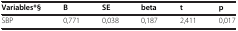
<table><thead><tr><td><b>Variables*§</b></td><td><b>B</b></td><td><b>SE</b></td><td><b>beta</b></td><td><b>t</b></td><td><b>p</b></td></tr></thead><tbody><tr><td>SBP</td><td>0,771</td><td>0,038</td><td>0,187</td><td>2,411</td><td>0,017</td></tr></tbody></table>